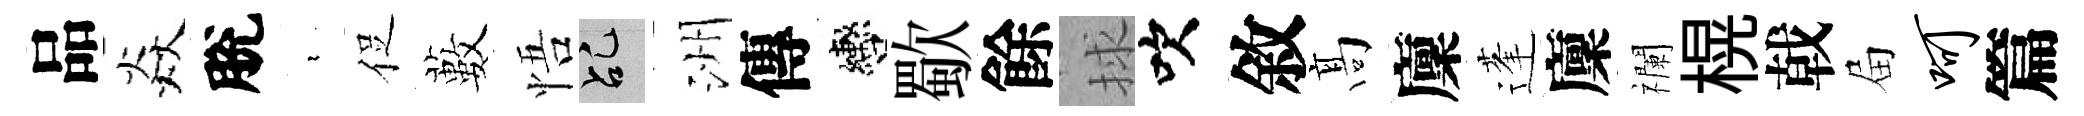
品焱脫裊促藪悟乩洲傳轡歜餘捄吹敘髙廩蓬廩襴榥戟屇呵篇